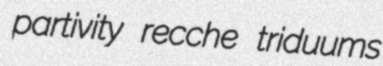
partivity recche triduums